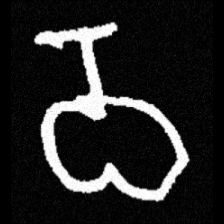
Pyu character \u2014 Myanmar letter: ဝ (romanized: wa)